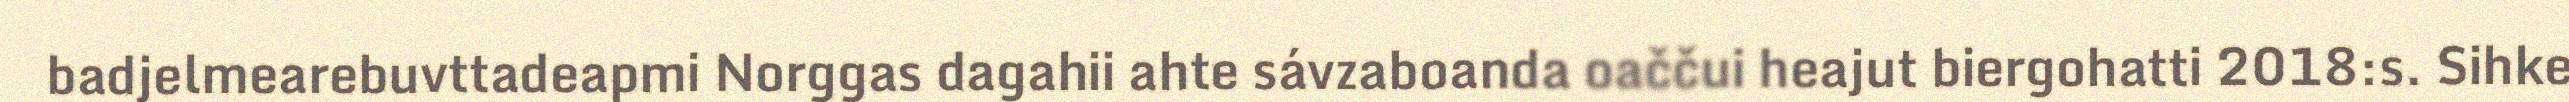
badjelmearebuvttadeapmi Norggas dagahii ahte sávzaboanda oaččui heajut biergohatti 2018:s. Sihke